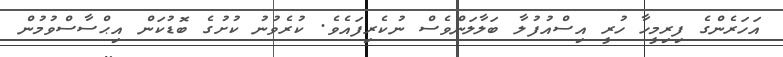
އަހަރެންގެ ފިރިމީހާ ހުރީ އިސްއުފުލާ ބަލާލަންވެސް ނުކެރިފައެވެ. ކުރެވުނު ކުށުގެ ބޮޑުކަން އިޙްސާސްވުމުން